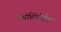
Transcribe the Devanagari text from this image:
कोशिंबीरीस